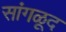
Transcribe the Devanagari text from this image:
सांगळूद